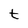
Character: t